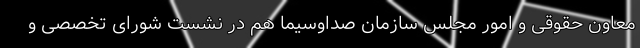
معاون حقوقی و امور مجلس سازمان صداوسیما هم در نشست شورای تخصصی و